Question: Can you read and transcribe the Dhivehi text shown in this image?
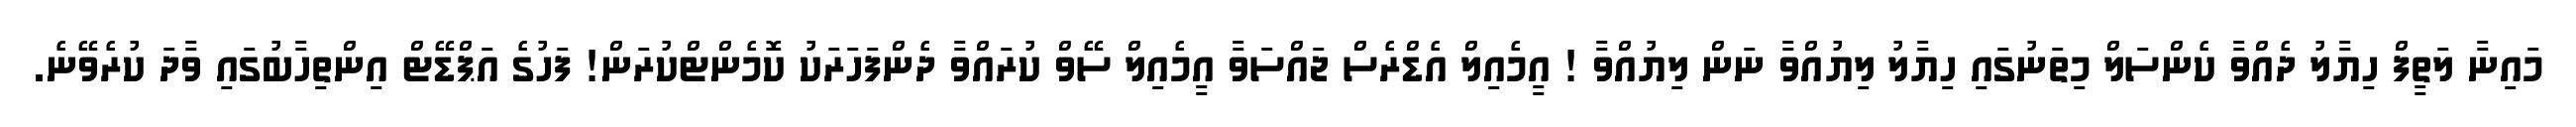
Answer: މައިނާ ލަތީފް ހިޔާލު ދެއްވާ ކެންސަލް މިތަނުގައި ހިޔާލު ލިޔުއްވާ ނަން ލިޔުއްވާ ! އީމެއިލް އެޑްރެސް ޖައްސަވާ އީމެއިލް ސޭވް ކުރައްވާ ދެންފަހަރަކު ކޮމެންޓްކުރަން! ފަހުގެ އަޕްޑޭޓް އިންތިހާބުގައި ވާދަ ކުރެވޭނެ.